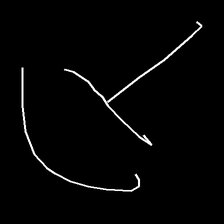
Glyph: dispersion